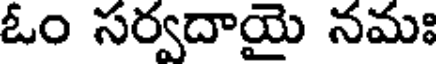
ఓం సర్వదాయై నమః